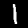
Label: 1